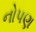
નોપણ